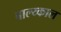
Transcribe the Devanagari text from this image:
बाल्य्काल